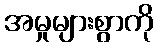
အမှုများစွာကို